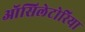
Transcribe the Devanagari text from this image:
ऑसिलेटोरिया